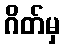
ဂိတ်မှ